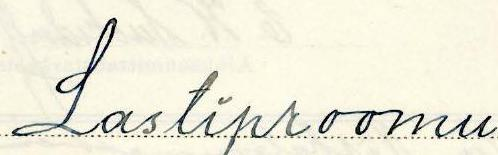
Lastiproomu